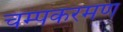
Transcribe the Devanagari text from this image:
चम्पकरमण